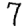
Digit: 7